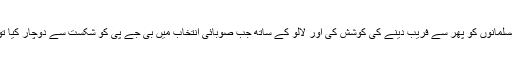
مودی کی مخالفت کرکے انہوں نے مسلمانوں کو پھر سے فریب دینے کی کوشش کی اور لالو کے ساتھ جب صوبائی انتخاب میں بی جے پی کو شکست سے دوچار کیا تو ان کی مقبولیت کسی قدر بحال ہوئی۔